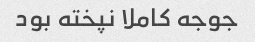
جوجه کاملا نپخته بود